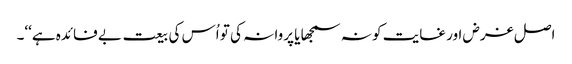
اصل غرض اور غایت کو نہ سمجھا یا پروا نہ کی تو اُس کی بیعت بے فائدہ ہے‘‘۔